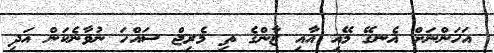
އަހަންނަށް އެނގޭ މޭއި އާއި ޒާންގެ ތި މެރިޖް ސައްހަ ނުވާނެކަން އަދި